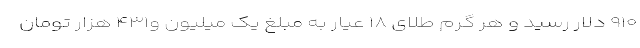
۹۱۰ دلار رسید و هر گرم طلای ۱۸ عیار به مبلغ یک میلیون و۴۳۱ هزار تومان